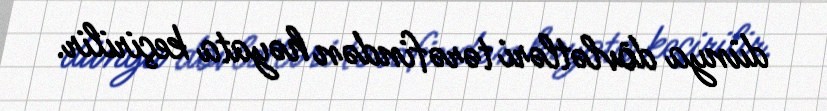
dünya dövlətləri tərəfindən həyata keçirilir.